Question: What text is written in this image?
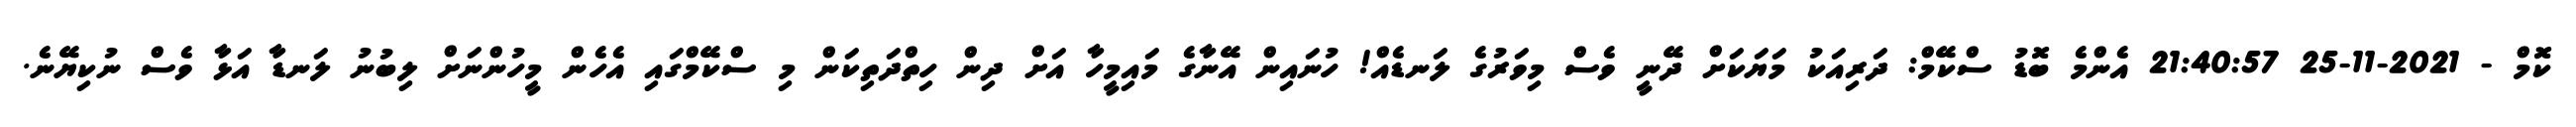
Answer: ކޮމް - 2021-11-25 21:40:57 އެންމެ ބޮޑު ސްކޭމް: ދަރިއަކު މަޔަކަށް ދޭނީ ވެސް މިވަރުގެ ލަނޑެއް! ހުނައިން އޭނާގެ މައިމީހާ އަށް ދިން ހިތްދަތިކަން މި ސްކޭމްގައި އެހެން މީހުންނަށް ލިބުނު ލަނޑާ އަޅާ ވެސް ނުކިޔޭނެ.